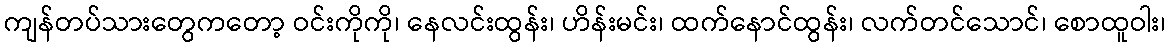
ကျန်တပ်သားတွေကတော့ ဝင်းကိုကို၊ နေလင်းထွန်း၊ ဟိန်းမင်း၊ ထက်နောင်ထွန်း၊ လက်တင်သောင်၊ စောထူဝါး၊